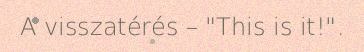
A visszatérés – "This is it!".